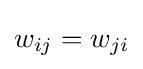
w_{ij}=w_{ji}